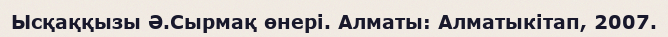
Ысқаққызы Ә.Сырмақ өнері. Алматы: Алматыкітап, 2007.